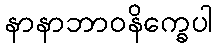
နာနာဘာဝနိက္ခေပါ